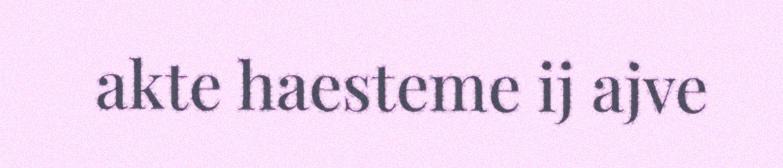
akte haesteme ij ajve